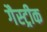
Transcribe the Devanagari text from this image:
गैस्ट्रीक